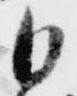
日